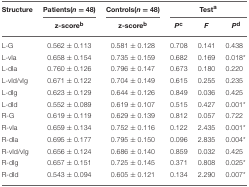
| Structure | Patients(n = 48) | Controls(n = 48) | <COLSPAN=3> Testa |
 |  | z-scoreb | z-scoreb | Pc | F | Pd |
 | --- | --- | --- | --- | --- | --- |
 | L-G | 0.562 ± 0.113 | 0.581 ± 0.128 | 0.708 | 0.141 | 0.438 |
 | L-vIa | 0.658 ± 0.154 | 0.735 ± 0.159 | 0.682 | 0.169 | 0.018* |
 | L-dIa | 0.760 ± 0.126 | 0.796 ± 0.147 | 0.673 | 0.180 | 0.220 |
 | L-vId/vIg | 0.671 ± 0.122 | 0.704 ± 0.149 | 0.615 | 0.255 | 0.235 |
 | L-dIg | 0.623 ± 0.129 | 0.644 ± 0.126 | 0.849 | 0.036 | 0.425 |
 | L-dId | 0.552 ± 0.089 | 0.619 ± 0.107 | 0.515 | 0.427 | 0.001* |
 | R-G | 0.619 ± 0.119 | 0.629 ± 0.139 | 0.812 | 0.057 | 0.722 |
 | R-vIa | 0.659 ± 0.134 | 0.752 ± 0.116 | 0.122 | 2.435 | 0.001* |
 | R-dIa | 0.695 ± 0.177 | 0.795 ± 0.150 | 0.096 | 2.835 | 0.004* |
 | R-vId/vIg | 0.656 ± 0.124 | 0.686 ± 0.140 | 0.859 | 0.032 | 0.425 |
 | R-dIg | 0.657 ± 0.151 | 0.725 ± 0.145 | 0.371 | 0.808 | 0.025* |
 | R-dId | 0.543 ± 0.094 | 0.605 ± 0.121 | 0.134 | 2.290 | 0.007* |